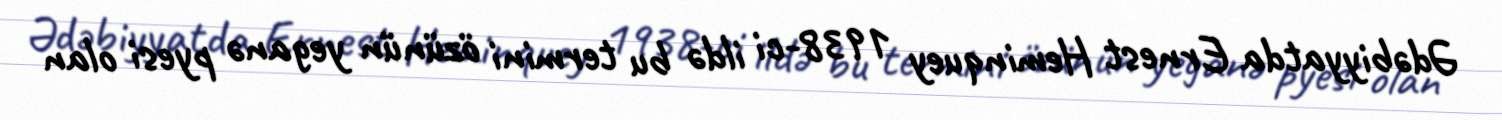
Ədəbiyyatda Ernest Heminquey 1938-ci ildə bu termini özünün yeganə pyesi olan